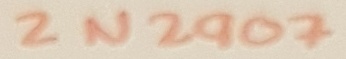
Text: 2N2907